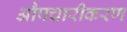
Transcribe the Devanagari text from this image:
औपचारीकरण